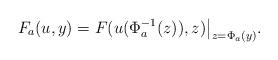
LaTeX: \begin{align*}F_a(u,y)=F(u(\Phi^{-1}_a(z)),z)\big|_{z=\Phi_a(y)}.\end{align*}